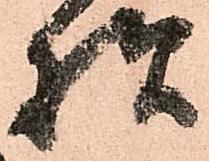
様